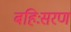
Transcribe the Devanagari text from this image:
बहिःसरण